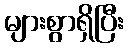
များစွာရှိပြီး